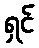
ရှင်